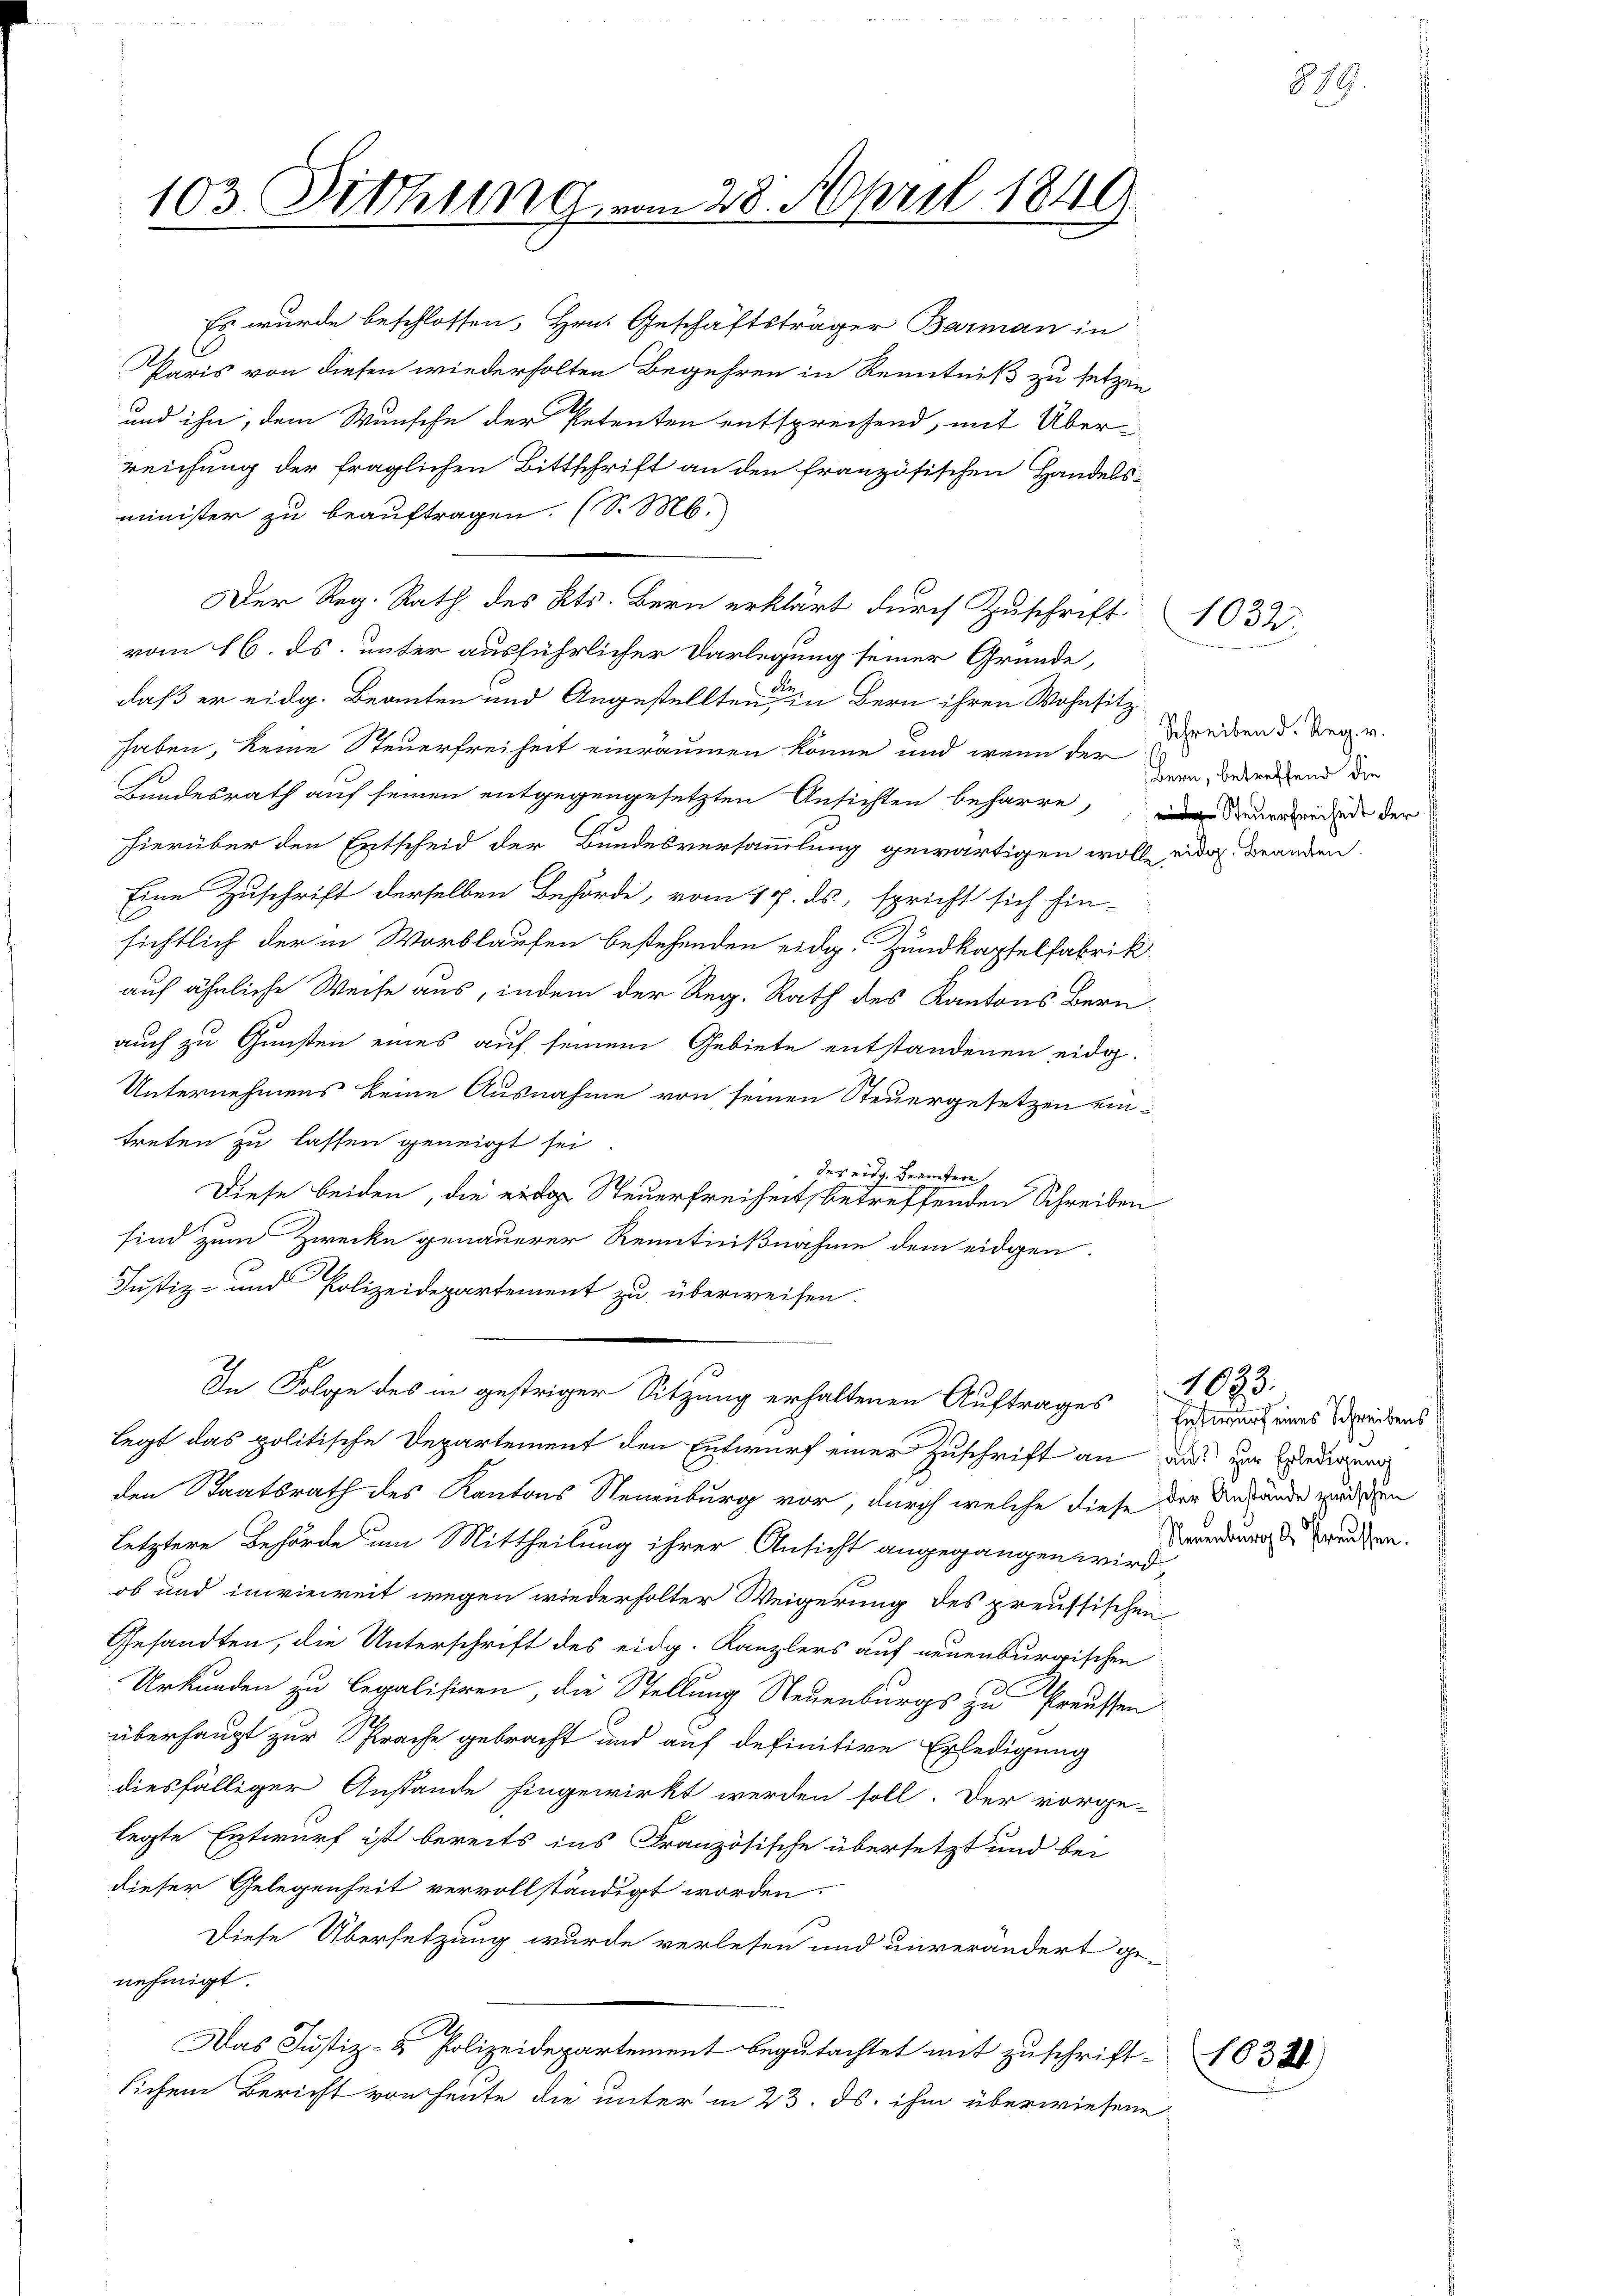
103. Fetthung vom 28. April 1849

daß er eidg. Beanten und Angestellten in Bern ihren Wohnsitz
haben, keine Steuerfreiheit einräumen könne und wenn der
Bundesrath auf seinen entgegengesetzten Ansichten beharre, uneidende der
hierüber den Entscheid der Bundesversammlung gewärtigen wolle eid. Branden.
Eine Zuschrift derselben Behörde, vom 17. ds., spricht sich hin-
sichtlich der in Wortlaufen bestehenden eidg. Zundkapselfabrik
auf ähnliche Weise aus, indem der Reg. Rath des Kantons Bern,
auch zu Gunsten eines auf seinem Gebiete entstandenen eidg.
Unternehmens keine Ausnahme von seinen Steuergesetzen eintreten zu lassen geneigt sei
der eidg. Beamten
Diese beiden, die Steuerfreiheit, betreffenden Schreiben
sind zum Zwecke genauerer Kenntnißnahme dem eidgen.
Justiz- und Polizeidepartement zu überweisen.
In Folge des in gestriger Sitzung erhaltenen Auftrages
legt das politische Departement den Entwurf einer Zuschrift an das zu Erledigung
den Staatsrath des Kantons Neuenburg vor, durch welche diese der Anstände wurden
Letztere Behörde um Mittheilung ihrer Ansicht angegangen wird
ob und invieweit wegen wiederholter Weigerung des preussischen
Gesandten, die Unterschrift des eidg. Kanzlers auf neuenburgischen
Urkunden zu legalisiren, die Stellung Neuenburgs zu Preussen
überhaupt zur Sprache gebracht und auf definitive Erledigung
diesfälliger Anstande hingewirkt werden soll. Der vorge-
legte Entwurf ist bereits ins Französische übersetzt und bei
dieser Gelegenheit vervollständigt worden.
Diese Übersetzung wurde verlesen und unverändert ge-
nehmigt.
Das Justiz- & Polizeidepartement begutachtet mit Zuschriftlichem Bericht von heute die unter in 23. ds. ihm überwiesene

Es wurde beschlossen, Hrn. Geschäftsträger Barman in
Paris von diesen wiederholten Begehren in Kenntniß zu setzen
und ihn, dem Wunsche der Petenten entsprechend, mit Über-
reichung der fraglichen Bittschrift an den französischen Handelsminister zu beauftragen. (S. M.
Der Reg. Rath des Kts. Bern erklärt durch Zuschrift 1032.
vom 16. ds. unter ausführlicher Darlegung seiner Gründe,

Schreiben d. Reg. v.
Bern, betreffend die

Entwurf eines Schreibens
Neuenburg ds Preussen.

e

1083.

18321)

879.